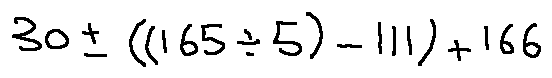
3 0 \pm ( ( 1 6 5 \div 5 ) - 1 1 1 ) + 1 6 6